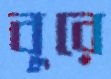
বুরে